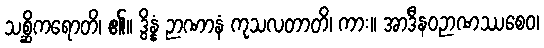
သစ္ဆိကရောတိ၊ ၏။ ဒွိန္နံ ဉာဏာနံ ကုသလတာတိ၊ ကား။ အာဒီနဝဉာဏဿစေဝ၊